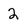
Character: 2